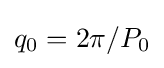
q_{0}=2\pi /P_{0}